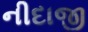
નીદાજી